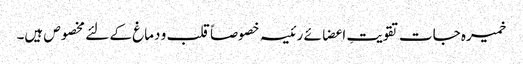
خمیرہ جات تقویتِ اعضائے رئیسہ خصوصاً قلب و دماغ کے لئے مخصوص ہیں۔